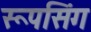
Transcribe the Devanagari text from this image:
रूपसिंग